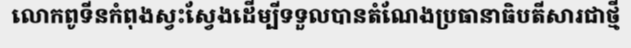
លោកពូទីនកំពុងស្វះស្វែងដើម្បីទទួលបានតំណែងប្រធានាធិបតីសារជាថ្មី